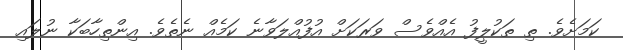
ކަމަށެވެ. ތި ތަކުލީފު އެއްވެސް ވަރަކަށް އުފުއްލަވާނެ ކަމެއް ނެތެވެ. އިންތިހާބަކާ ނުލައި